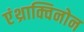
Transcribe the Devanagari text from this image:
एंथ्राक्विनोन